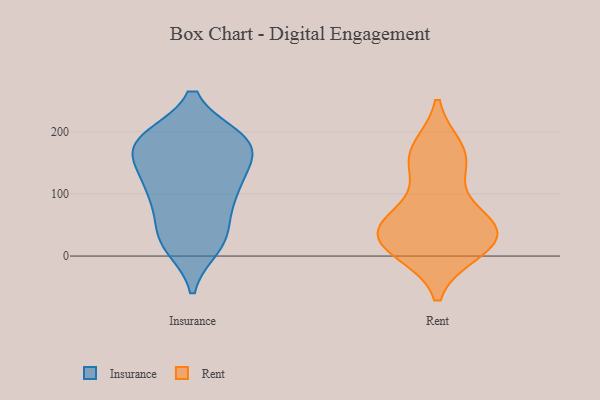
{"axis": {"x": "Demand Index", "y": "Value"}, "legend": ["Insurance", "Rent"], "data": [{"x": "", "y": 34, "type": "Insurance"}, {"x": "", "y": 28, "type": "Insurance"}, {"x": "", "y": 184, "type": "Insurance"}, {"x": "", "y": 152, "type": "Insurance"}, {"x": "", "y": 120, "type": "Insurance"}, {"x": "", "y": 96, "type": "Insurance"}, {"x": "", "y": 174, "type": "Insurance"}, {"x": "", "y": 160, "type": "Insurance"}, {"x": "", "y": 188, "type": "Insurance"}, {"x": "", "y": 25, "type": "Insurance"}, {"x": "", "y": 103, "type": "Insurance"}, {"x": "", "y": 17, "type": "Insurance"}, {"x": "", "y": 187, "type": "Insurance"}, {"x": "", "y": 188, "type": "Insurance"}, {"x": "", "y": 80, "type": "Insurance"}, {"x": "", "y": 183, "type": "Insurance"}, {"x": "", "y": 116, "type": "Insurance"}, {"x": "", "y": 53, "type": "Rent"}, {"x": "", "y": 169, "type": "Rent"}, {"x": "", "y": 18, "type": "Rent"}, {"x": "", "y": 63, "type": "Rent"}, {"x": "", "y": 31, "type": "Rent"}, {"x": "", "y": 37, "type": "Rent"}, {"x": "", "y": 152, "type": "Rent"}, {"x": "", "y": 11, "type": "Rent"}, {"x": "", "y": 35, "type": "Rent"}, {"x": "", "y": 156, "type": "Rent"}]}